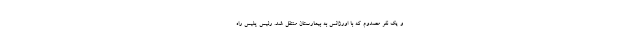
و یک نفر مصدوم که با اورژانس به بیمارستان منتقل شد. رئیس پلیس راه